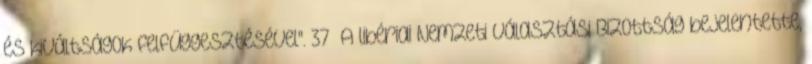
és kiváltságok felfüggesztésével". 37 A libériai Nemzeti Választási Bizottság bejelentette,